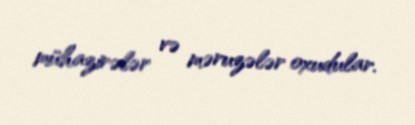
mühazirələr və məruzələr oxudular.